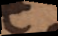
C